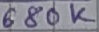
Text: 680K